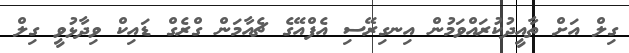
ގިލް އަށް ތާއީދުކުރައްވަމުން އިނގިރޭސި އެފްއޭގެ ޗެއާމަން ގްރެގް ޑައިކް ވިދާޅުވީ ގިލް